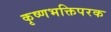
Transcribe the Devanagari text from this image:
कृष्णभक्तिपरक